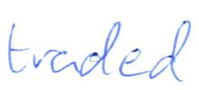
Text: traded
Cross-out: clean
Writing tool: ballpoint